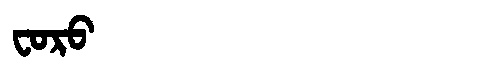
Manchu: ᠸᠣᡵᠣ
Romanization: FORO